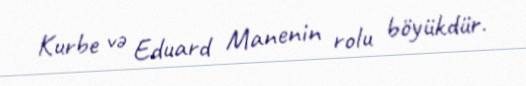
Kurbe və Eduard Manenin rolu böyükdür.